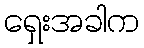
ရှေးအခါက